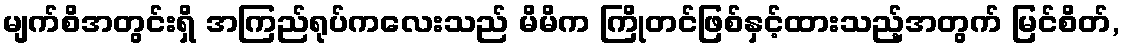
မျက်စိအတွင်းရှိ အကြည်ရုပ်ကလေးသည် မိမိက ကြိုတင်ဖြစ်နှင့်ထားသည့်အတွက် မြင်စိတ်,